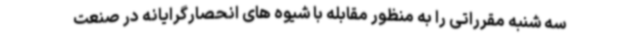
سه شنبه مقرراتی را به منظور مقابله با شیوه های انحصارگرایانه در صنعت